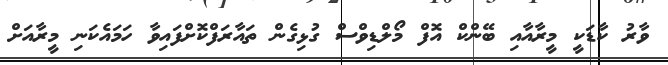
ވާރު ކާޑަކީ މީރާއާއި ބޭންކް އޮފް މޯލްޑިވްސް ގުޅިގެން ތައާރަފްކޮށްފައިވާ ހަމައެކަނި މީރާއަށް